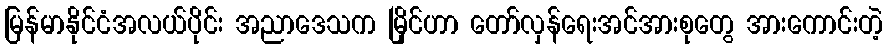
မြန်မာနိုင်ငံအလယ်ပိုင်း အညာဒေသက မြိုင်ဟာ တော်လှန်ရေးအင်အားစုတွေ အားကောင်းတဲ့